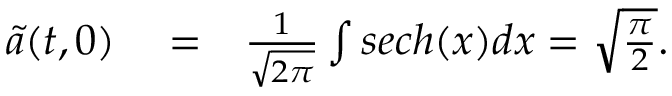
\begin{array} { r l r } { \tilde { a } ( t , 0 ) } & { { } = } & { \frac { 1 } { \sqrt { 2 \pi } } \int s e c h ( x ) d x = \sqrt { \frac { \pi } { 2 } } . } \end{array}